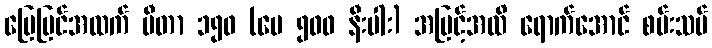
မြေပြင်အထက် မီတာ ၁၅၀ (ပေ ၅၀၀ နီးပါး) အမြင့်အထိ ရောက်အောင် စမ်းသပ်